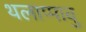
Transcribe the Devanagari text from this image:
थलाप्पावु